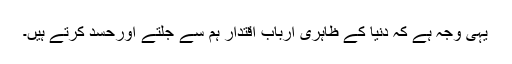
یہی وجہ ہے کہ دنیا کے ظاہری ارباب اقتدار ہم سے جلتے اورحسد کرتے ہیں۔